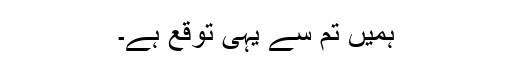
ہمیں تم سے یہی توقع ہے۔